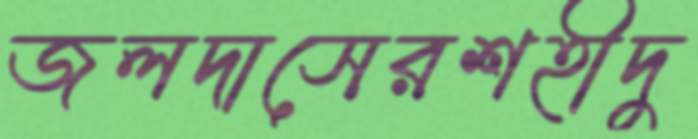
জলদাসেরশহীদু